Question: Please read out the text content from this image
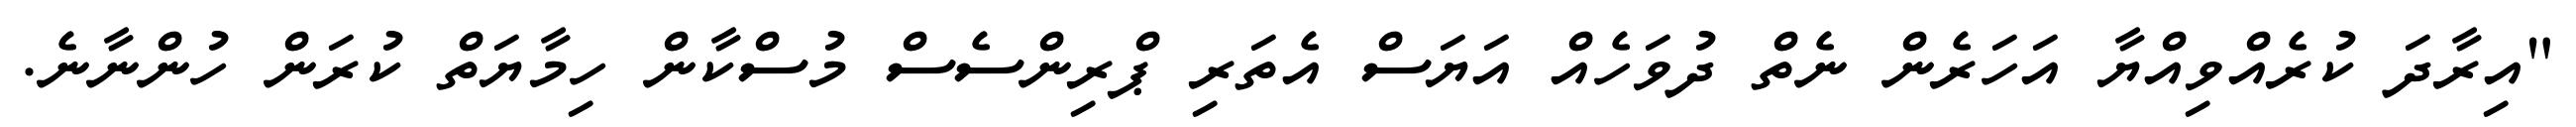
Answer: "އިރާދަ ކުރެއްވިއްޔާ އަހަރެން ނެތް ދުވަހެއް އަޔަސް އެތަރި ޕްރިންސެސް މުސްކާން ހިމާޔަތް ކުރަން ހުންނާނެ.